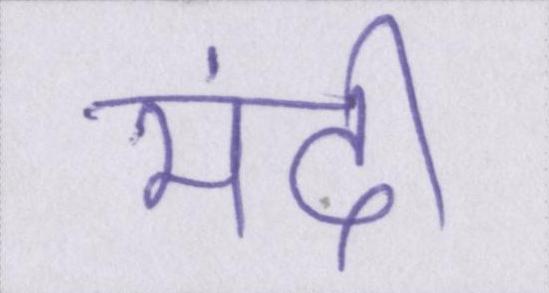
मंदी